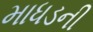
માધડની